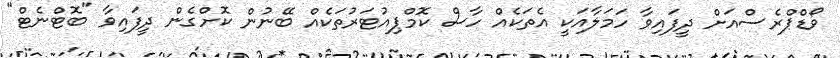
ވޯޑްޕްރެސްއަށް ދީފައިވާ ހަމަލާއަކީ އެތަކެއް ހާސް ކޮމްޕިއުޓަރުތަކެއް ބޭނުން ކޮށްގެން ދީފައިވާ "ބޮޓްނެޓް"